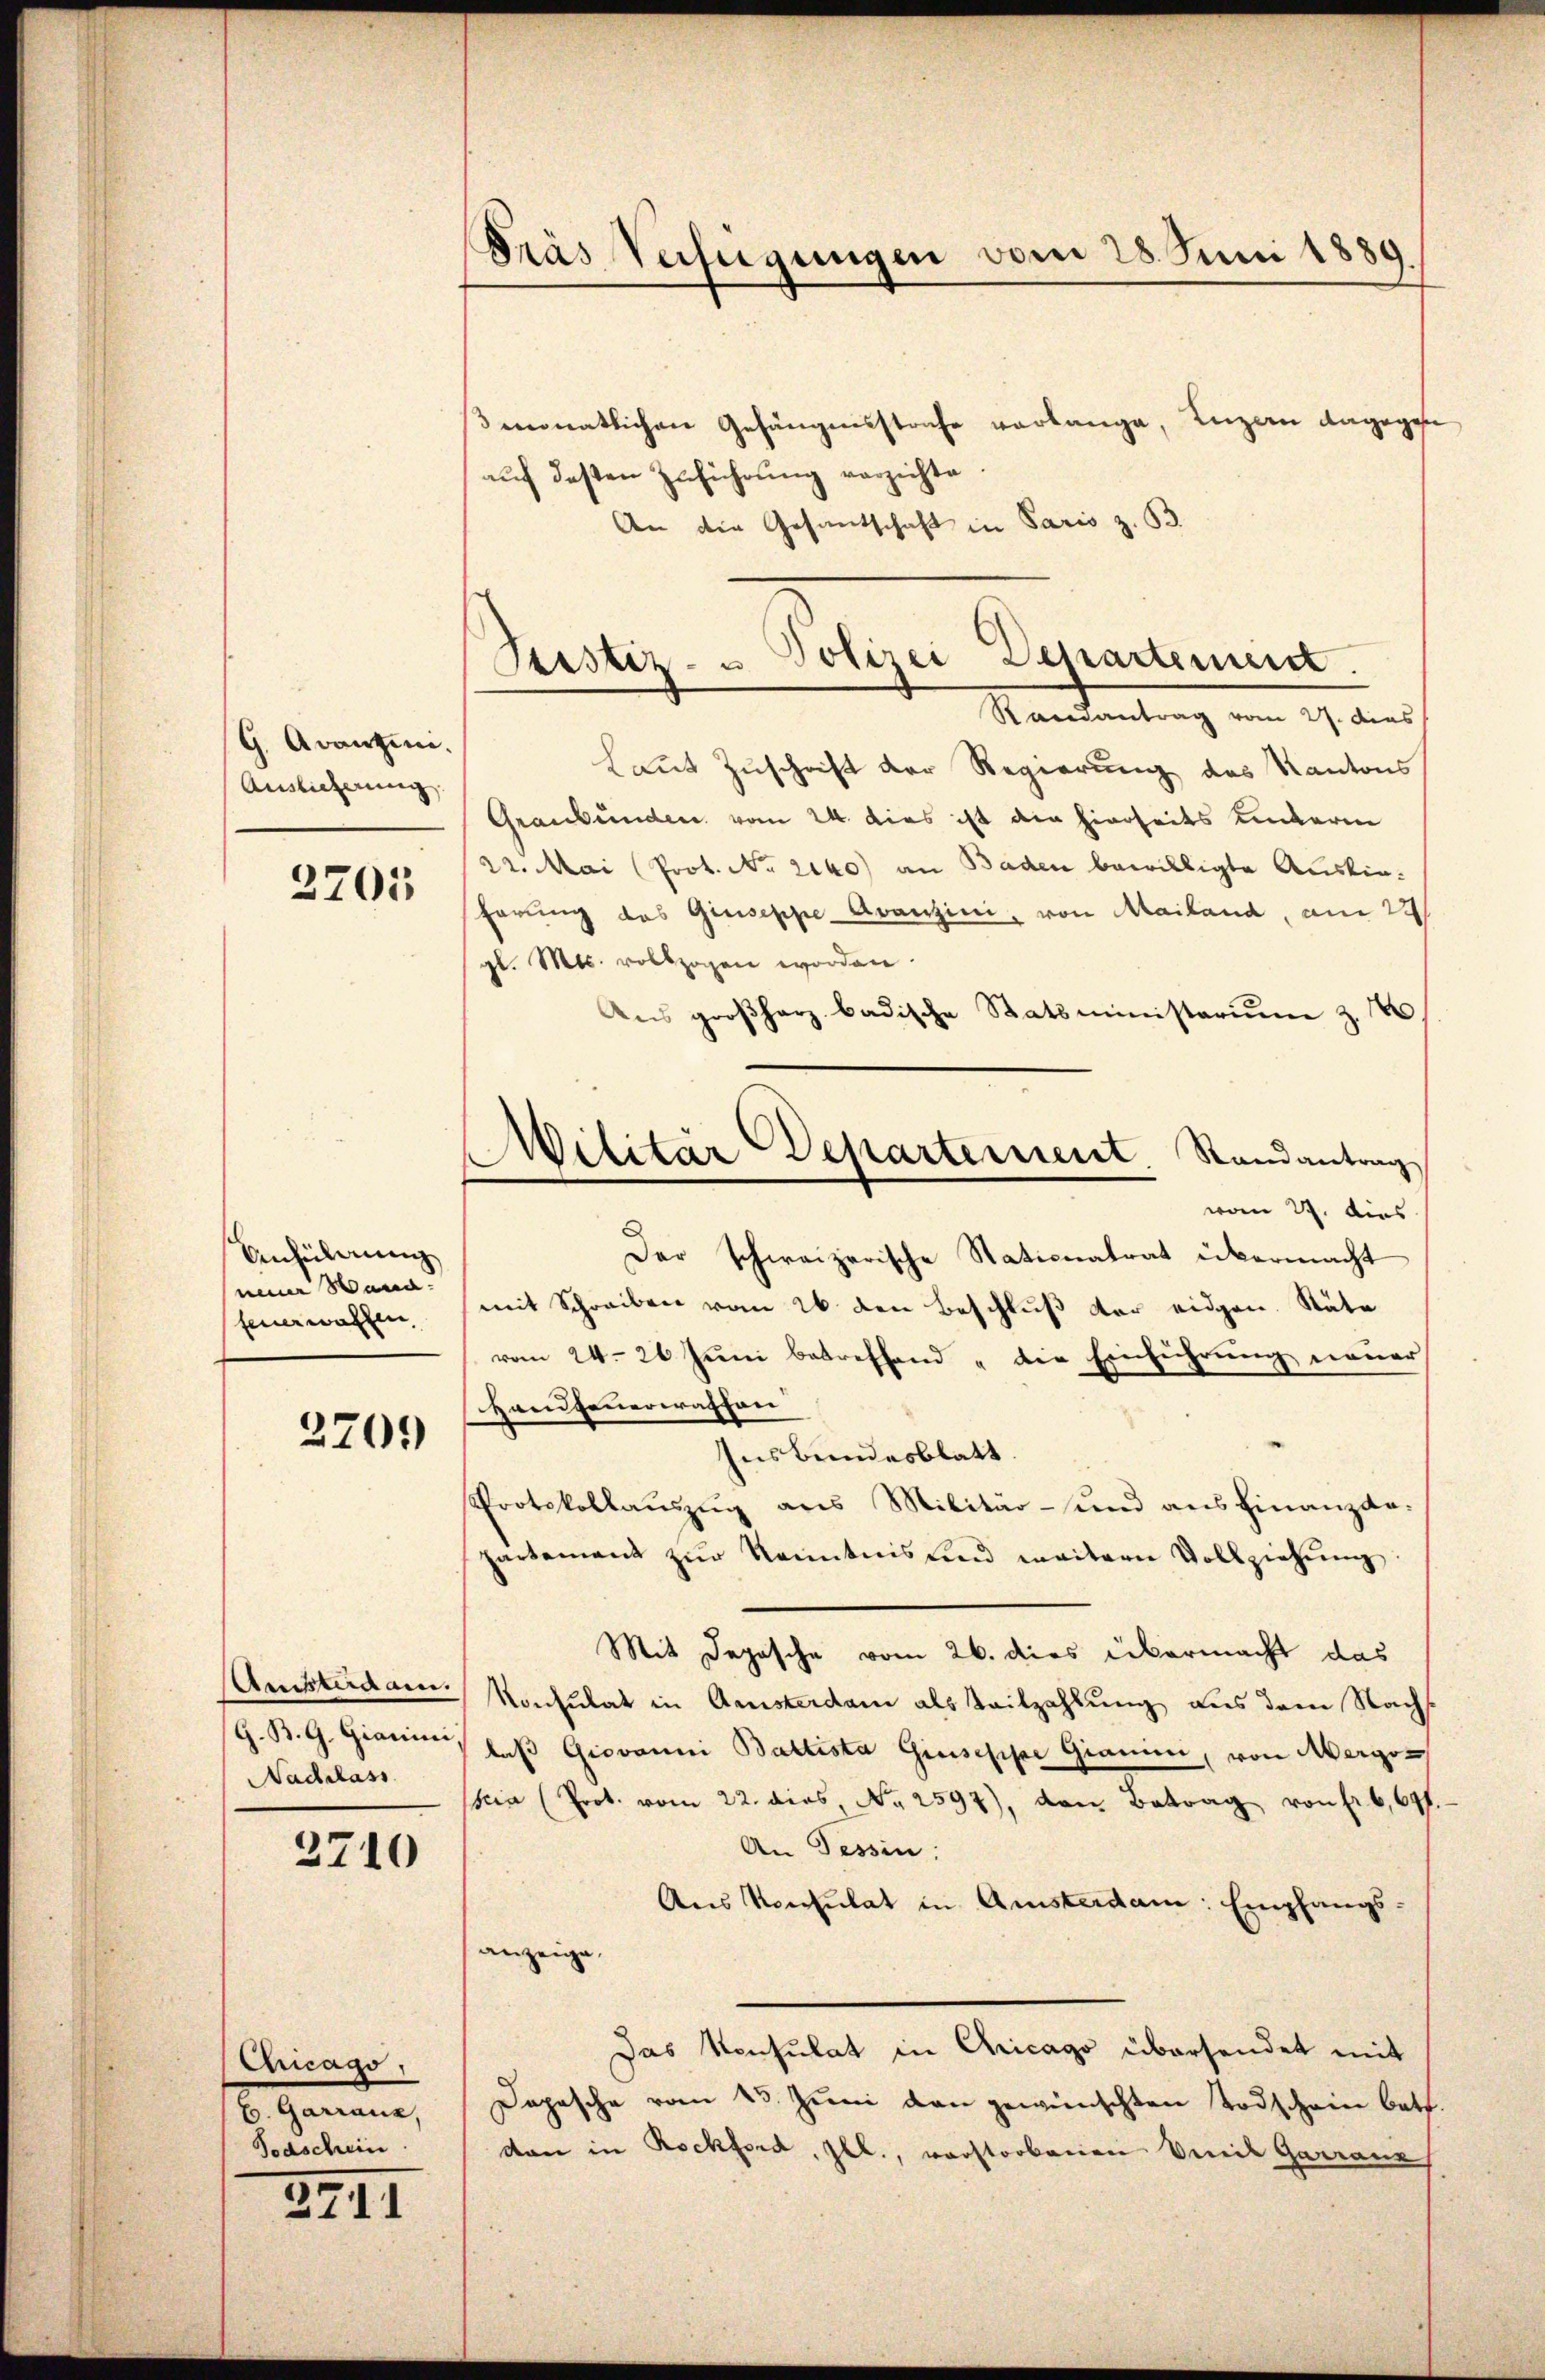
G. Avantini.
Auslicherung

2705

Anfüllung
neuer Wand.
feuerwahlen,

2709

Anisterdam.
G. B. G. Gianini
Nadelass

2710

Chicago,
B. Genaue,
Todschein

2741

Dräs Verfügungen vom 28. Juni 1889

3 monatlichen Gefängensstrafe verlange, Luzern dagegen
aŭf desten Zuführŭng verzichte.
An die Gesantschaft in Paris z. B.

Justiz- u Polizei Departement.
Randantrag vom 27. dies

Wilitär Departement. Randantrag
vom 29. dies
Der schweizerische Stationatrat übermacht

Laut Zuschrift der Regierung des Kantons
Graubünden vom 24. dies ist die hierseits Kinkerin
22. Mai (Prot. No. 2140) an Baden bewilligte Auskinhörung des Giuseppe Avanzini, von Mailand, am 22
gl. Mts. vollzogen worden
Ans groβharz badische Statsministeriŭm z. 10.
mit Schreiben vom 26. den Beschluß der eidgen. Stäte
vom 24. 26 Jŭni betreffend "die Einführŭng neuer
Handfeuerwaffen
Iusbundesblatt.
Protokollauszug aus Militär- und ausfinanziepartement zur Kenntnis und weitern Vollziehung
Mit Depesche vom 26. dies übermacht das
Konsulat in Ansterdam als Teilzahlung aus dem Nachs
laβ Giovanni Baltista Giuseppe Giani, von Mergon
scia (Prot. vom 22. dies, No. 2597), von Betrag von fr 6,69f
An Tessin:
Aus Konsulat in Amsterdam: Empfangsanzeige.
Das Konsulat in Chicago übersendet mit
Dopesche vom 23. Juni dan gewünschten Todschein betr.
dan in Rockford, Jll., vorstorbenen Veit Garranz